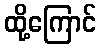
ထို့ကြောင်